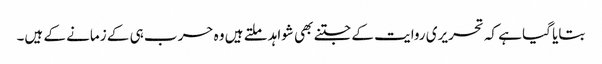
بتایا گیا ہے کہ تحریری روایت کے جتنے بھی شواہد ملتے ہیں وہ حرب ہی کے زمانے کے ہیں۔